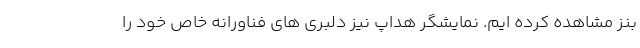
بنز مشاهده کرده ایم. نمایشگر هداپ نیز دلبری های فناورانه خاص خود را